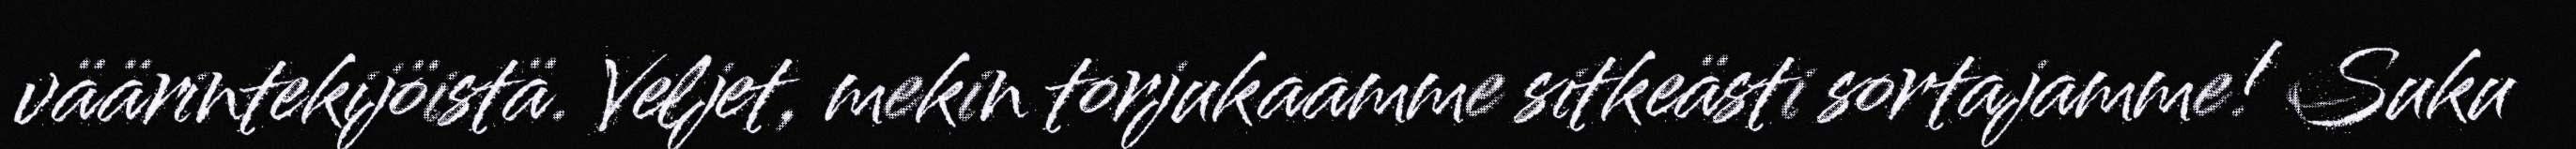
väärintekijöistä. Veljet, mekin torjukaamme sitkeästi sortajamme! Suku